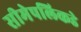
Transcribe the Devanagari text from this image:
सीमेपलिकडे